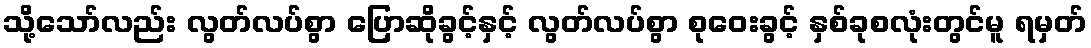
သို့သော်လည်း လွတ်လပ်စွာ ပြောဆိုခွင့်နှင့် လွတ်လပ်စွာ စုဝေးခွင့် နှစ်ခုစလုံးတွင်မူ ရမှတ်